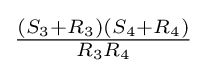
{\tfrac {(S_{3}+R_{3})(S_{4}+R_{4})}{R_{3}R_{4}}}